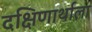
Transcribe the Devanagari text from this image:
दक्षिणार्थाला